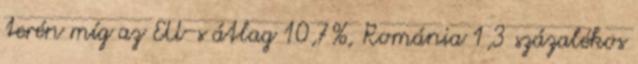
terén míg az EU-s átlag 10,7%, Románia 1,3 százalékos